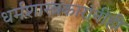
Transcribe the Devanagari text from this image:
धर्मशास्त्रकारांनीही